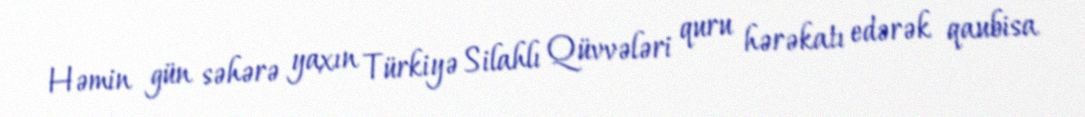
Həmin gün səhərə yaxın Türkiyə Silahlı Qüvvələri quru hərəkatı edərək qaubisa